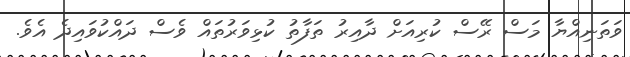
ވަތަނިއްޔާ މަސް ރޭސް ކުރިއަށް ދާއިރު ތަފާތު ކުޅިވަރުތައް ވެސް ދައްކުވައިދެ އެވެ.